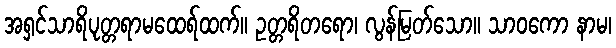
အရှင်သာရိပုတ္တရာမထေရ်ထက်။ ဥတ္တရိတရော၊ လွန်မြတ်သော။ သာဝကော နာမ၊